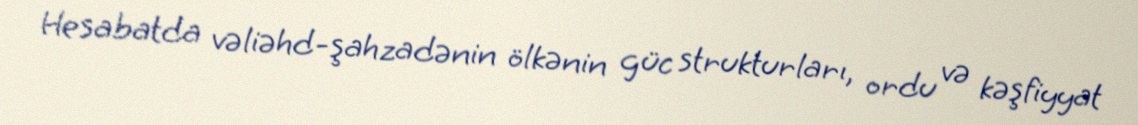
Hesabatda vəliəhd-şahzadənin ölkənin güc strukturları, ordu və kəşfiyyat